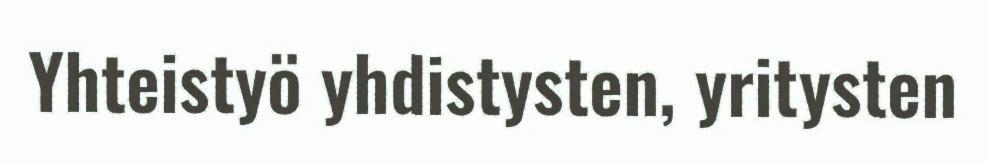
Yhteistyö yhdistysten, yritysten